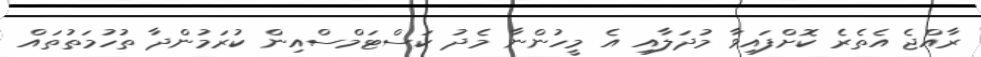
ރާއްޖެ އެތެރެ ކޮށްފައިވާ މުދަލާއި އެ މީހުންނާ މެދު ކަސްޓަމްސްއިން ކުރަމުންދާ ތުހުމަތުތައް